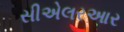
સીએલરઆર